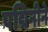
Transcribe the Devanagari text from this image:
पद्मिनीने